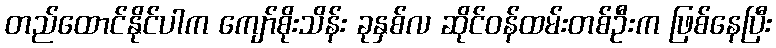
တည်ထောင်နိုင်ပါက ကျော်စိုးသိန်း ခုနှစ်လ ဆိုင်ဝန်ထမ်းတစ်ဦးက ဖြစ်နေပြီး